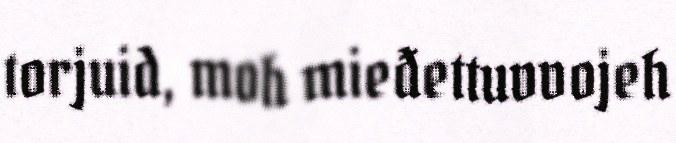
torjuid, moh mieđettuvvojeh